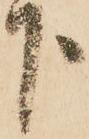
下